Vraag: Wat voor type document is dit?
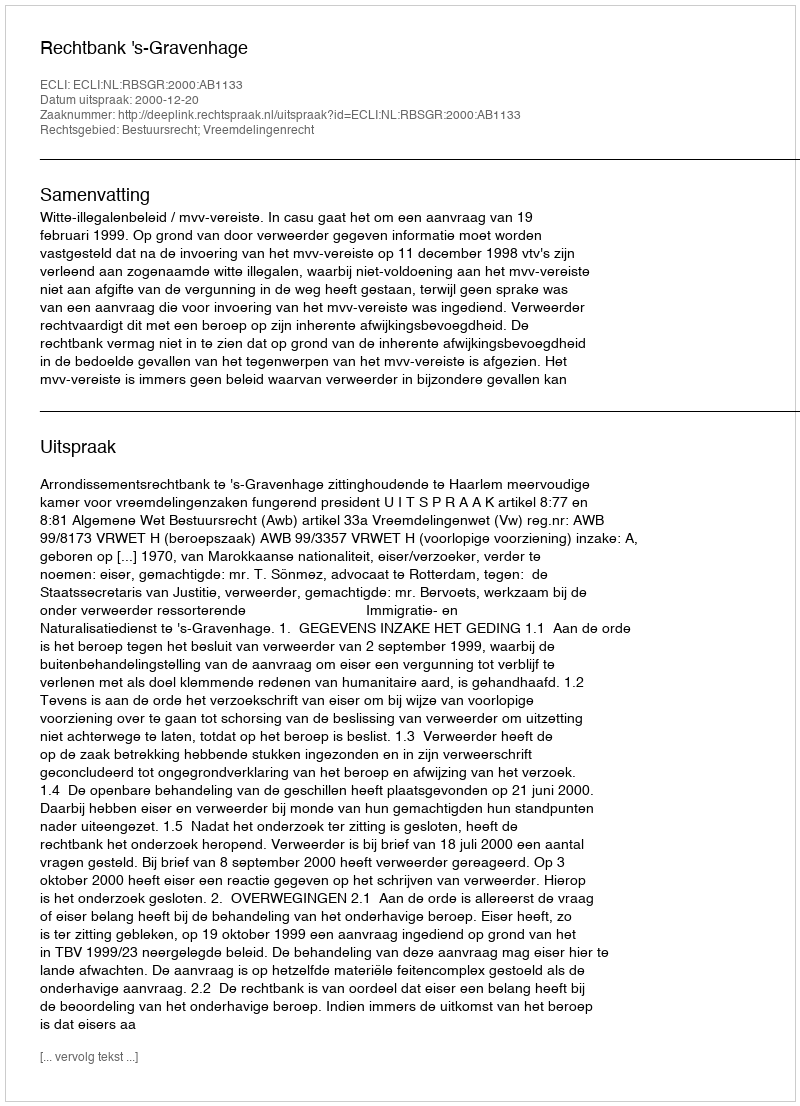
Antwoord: Uitspraak